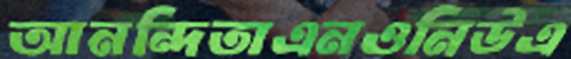
আনন্দিতাএনওনিউএ